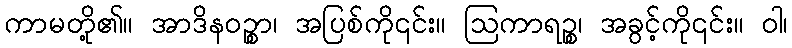
ကာမတို့၏။ အာဒိနဝဉ္စာ၊ အပြစ်ကို၎င်း။ ဩကာရဉ္စ၊ အခွင့်ကို၎င်း။ ဝါ၊